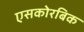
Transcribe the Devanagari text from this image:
एसकोरबिक